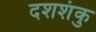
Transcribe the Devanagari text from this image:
दशशंकु